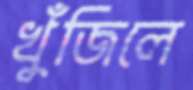
খুঁজিলে